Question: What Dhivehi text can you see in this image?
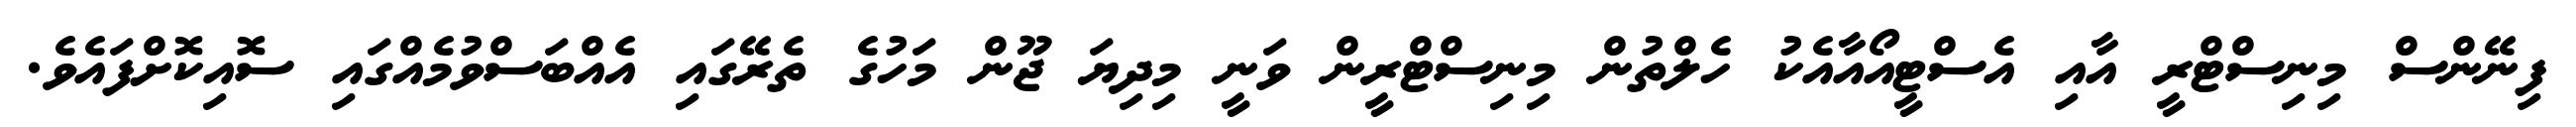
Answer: ފިނޭންސް މިނިސްޓްރީ އާއި އެސްޓީއޯއާއެކު ހެލްތުން މިނިސްޓްރީން ވަނީ މިދިޔަ ޖޫން މަހުގެ ތެރޭގައި އެއްބަސްވުމެއްގައި ސޮއިކޮށްފައެވެ.